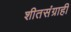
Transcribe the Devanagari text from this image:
शीतसंग्राही